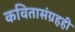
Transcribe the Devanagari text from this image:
कवितासंग्रहही